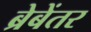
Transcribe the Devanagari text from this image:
ब्रेबेंतर